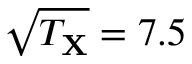
\sqrt { T _ { \mathbf { X } } } = 7 . 5